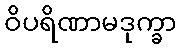
ဝိပရိဏာမဒုက္ခာ